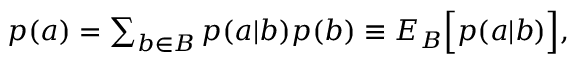
\begin{array} { r } { p ( a ) = \sum _ { b \in B } p ( a | b ) p ( b ) \equiv { E } _ { B } \Big [ p ( a | b ) \Big ] , } \end{array}